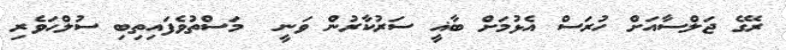
ރޭގެ ޖަލްސާއަށް ހުރަސް އެޅުމަށް ބާޣީ ސަރުކާރުން ވަނީ  މަސްތުވެފައިތިބި ސުލްހަވެރި